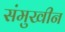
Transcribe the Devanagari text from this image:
संमुखीन